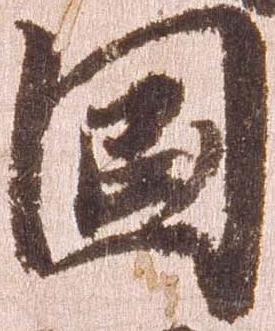
国